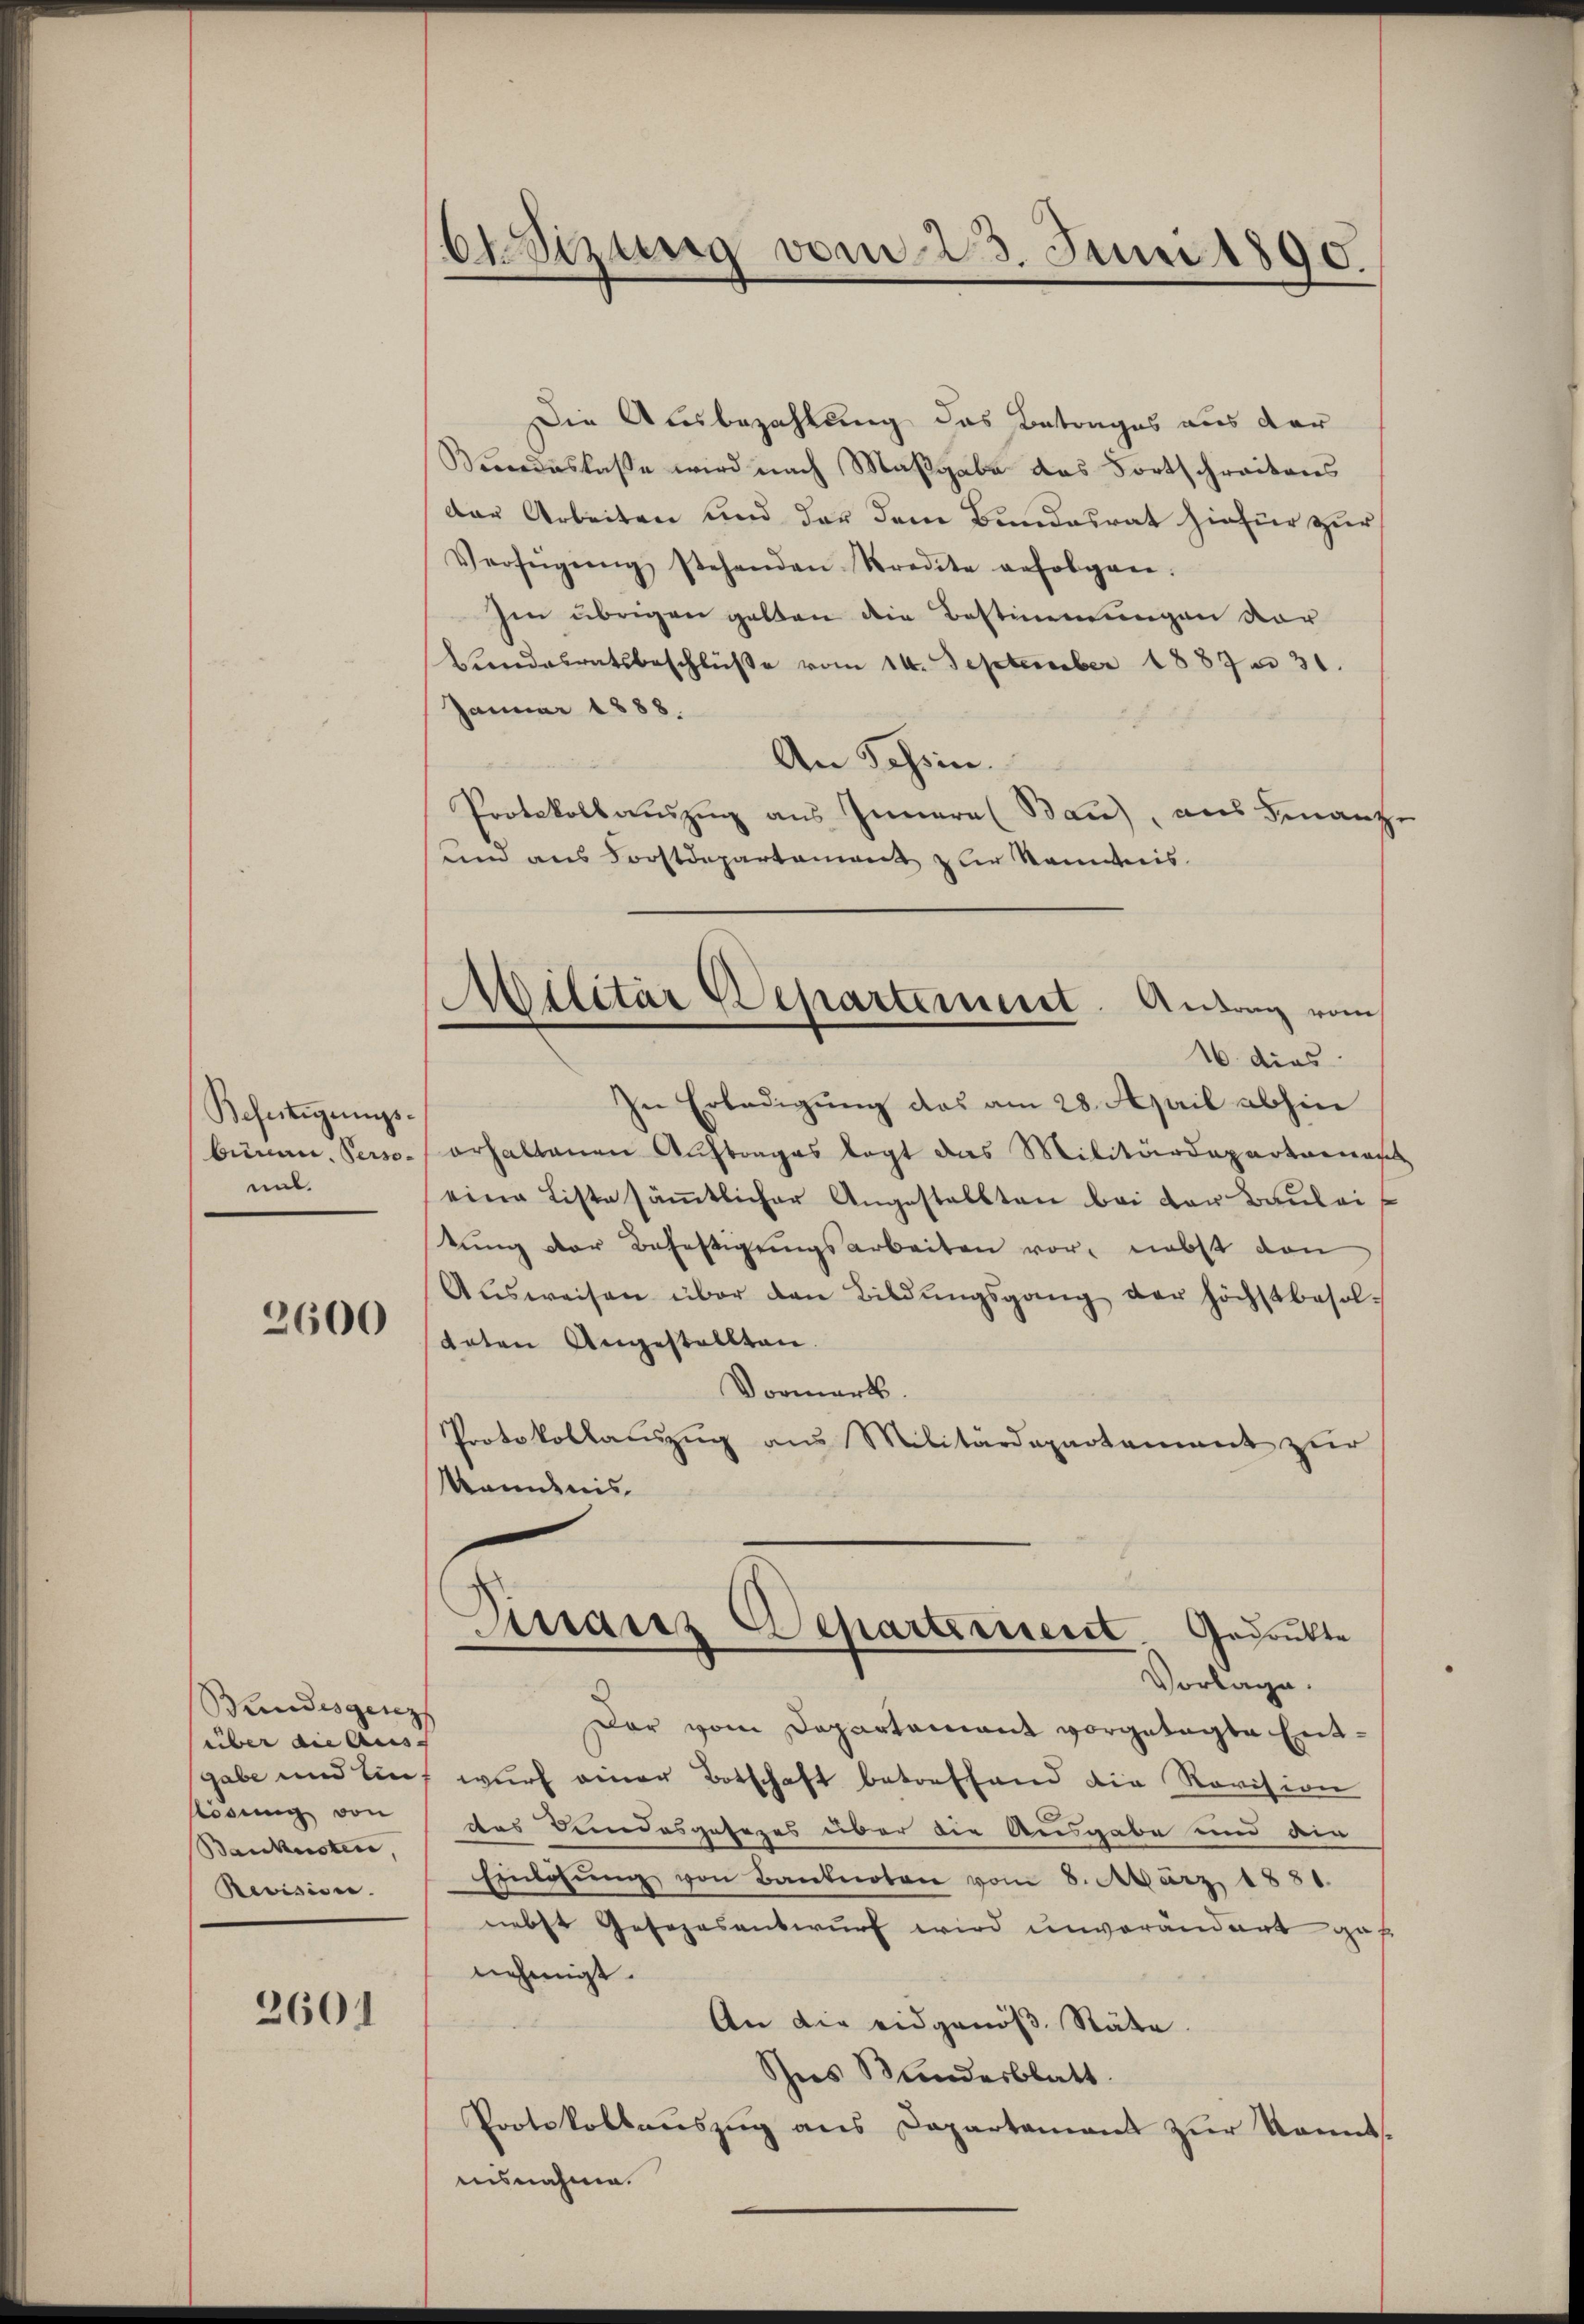
Beseitigungs-
mit.

2600

Bundesgenz
über die Aus- |
slösung von
Baukosten,
Revisione.

2601

besizung vom 23. Juni 1890.

Die Ausbezahlung das Betrages aus der
Bundeslasse wird nach Maßgabe das Fortschreitens
dar Arbeiten und der dem Bundesrat hiefür zur
Verfügŭng stehenden Kredite anfolgen.
Im übrigen gelten die Bestimmungen vor
Bundesratsbeschlüße vom 14. September 1887 n 31.
Januar 1888.

An Tessin.
Protokollauszug aus Innere Bau), aus Finanz
und aus Forstdepartement zur Kommis
In Erledigung das am 28. April abhin
bünan. Perso- erhaltenen Auftrages legt das Militärdepartarias
eine Liste sämtlicher Angestellten bei der Baulei
kŭng der Befestigungsarbeiten vor, nebst von
Aŭsweisen über den Bildŭngsgang der höchstbesol-
daten Angestellten.
Vormerk.
Protokollauszug aus Militärdepartament zur
Kamdnis.
Distanz Departement. Gedankte
Vorlage.
Der vom Departement vorgetagte Entgabe und ein, wurf einer Botschaft betreffend die Revision
des Bundesgesezes über die Ausgabe und die
Einlösung von Banknoten vom 8. März 1881.
nebst Gesezesentwurf wird unverändert gaf
nehmigt.
An die eidgenöß. Stäte.
Ihres Kindesblatt.
Protokollaŭszŭg ans Departament zŭr konnt
ausnahme.

Militär Departement. Antrag vom
16. dies